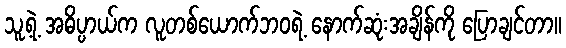
သူ့ရဲ့ အဓိပ္ပာယ်က လူတစ်ယောက်ဘဝရဲ့ နောက်ဆုံးအချိန်ကို ပြောချင်တာ။